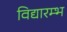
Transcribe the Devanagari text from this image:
विद्यारम्भ